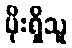
ပိုးရှိသူ